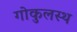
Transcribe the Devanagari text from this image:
गोकुलस्थ